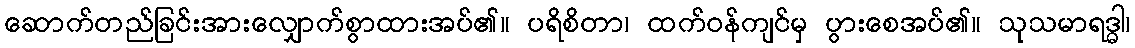
ဆောက်တည်ခြင်းအားလျှောက်စွာထားအပ်၏။ ပရိစိတာ၊ ထက်ဝန်ကျင်မှ ပွားစေအပ်၏။ သုသမာရဒ္ဓါ၊